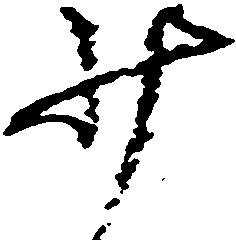
少